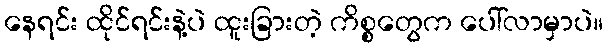
နေရင်း ထိုင်ရင်းနဲ့ပဲ ထူးခြားတဲ့ ကိစ္စတွေက ပေါ်လာမှာပဲ။